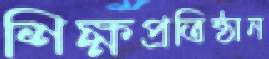
শিক্ষপ্রতিষ্ঠান